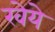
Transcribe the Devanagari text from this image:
खेये